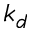
k _ { d }